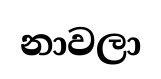
නාවලා